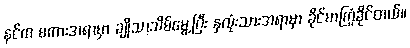
နင်က စကားအရာမှာ ချိုသာသိမ်မွေ့ပြီး နှလုံးသားအရာမှာ ခိုင်မာကြံ့ခိုင်တယ်။